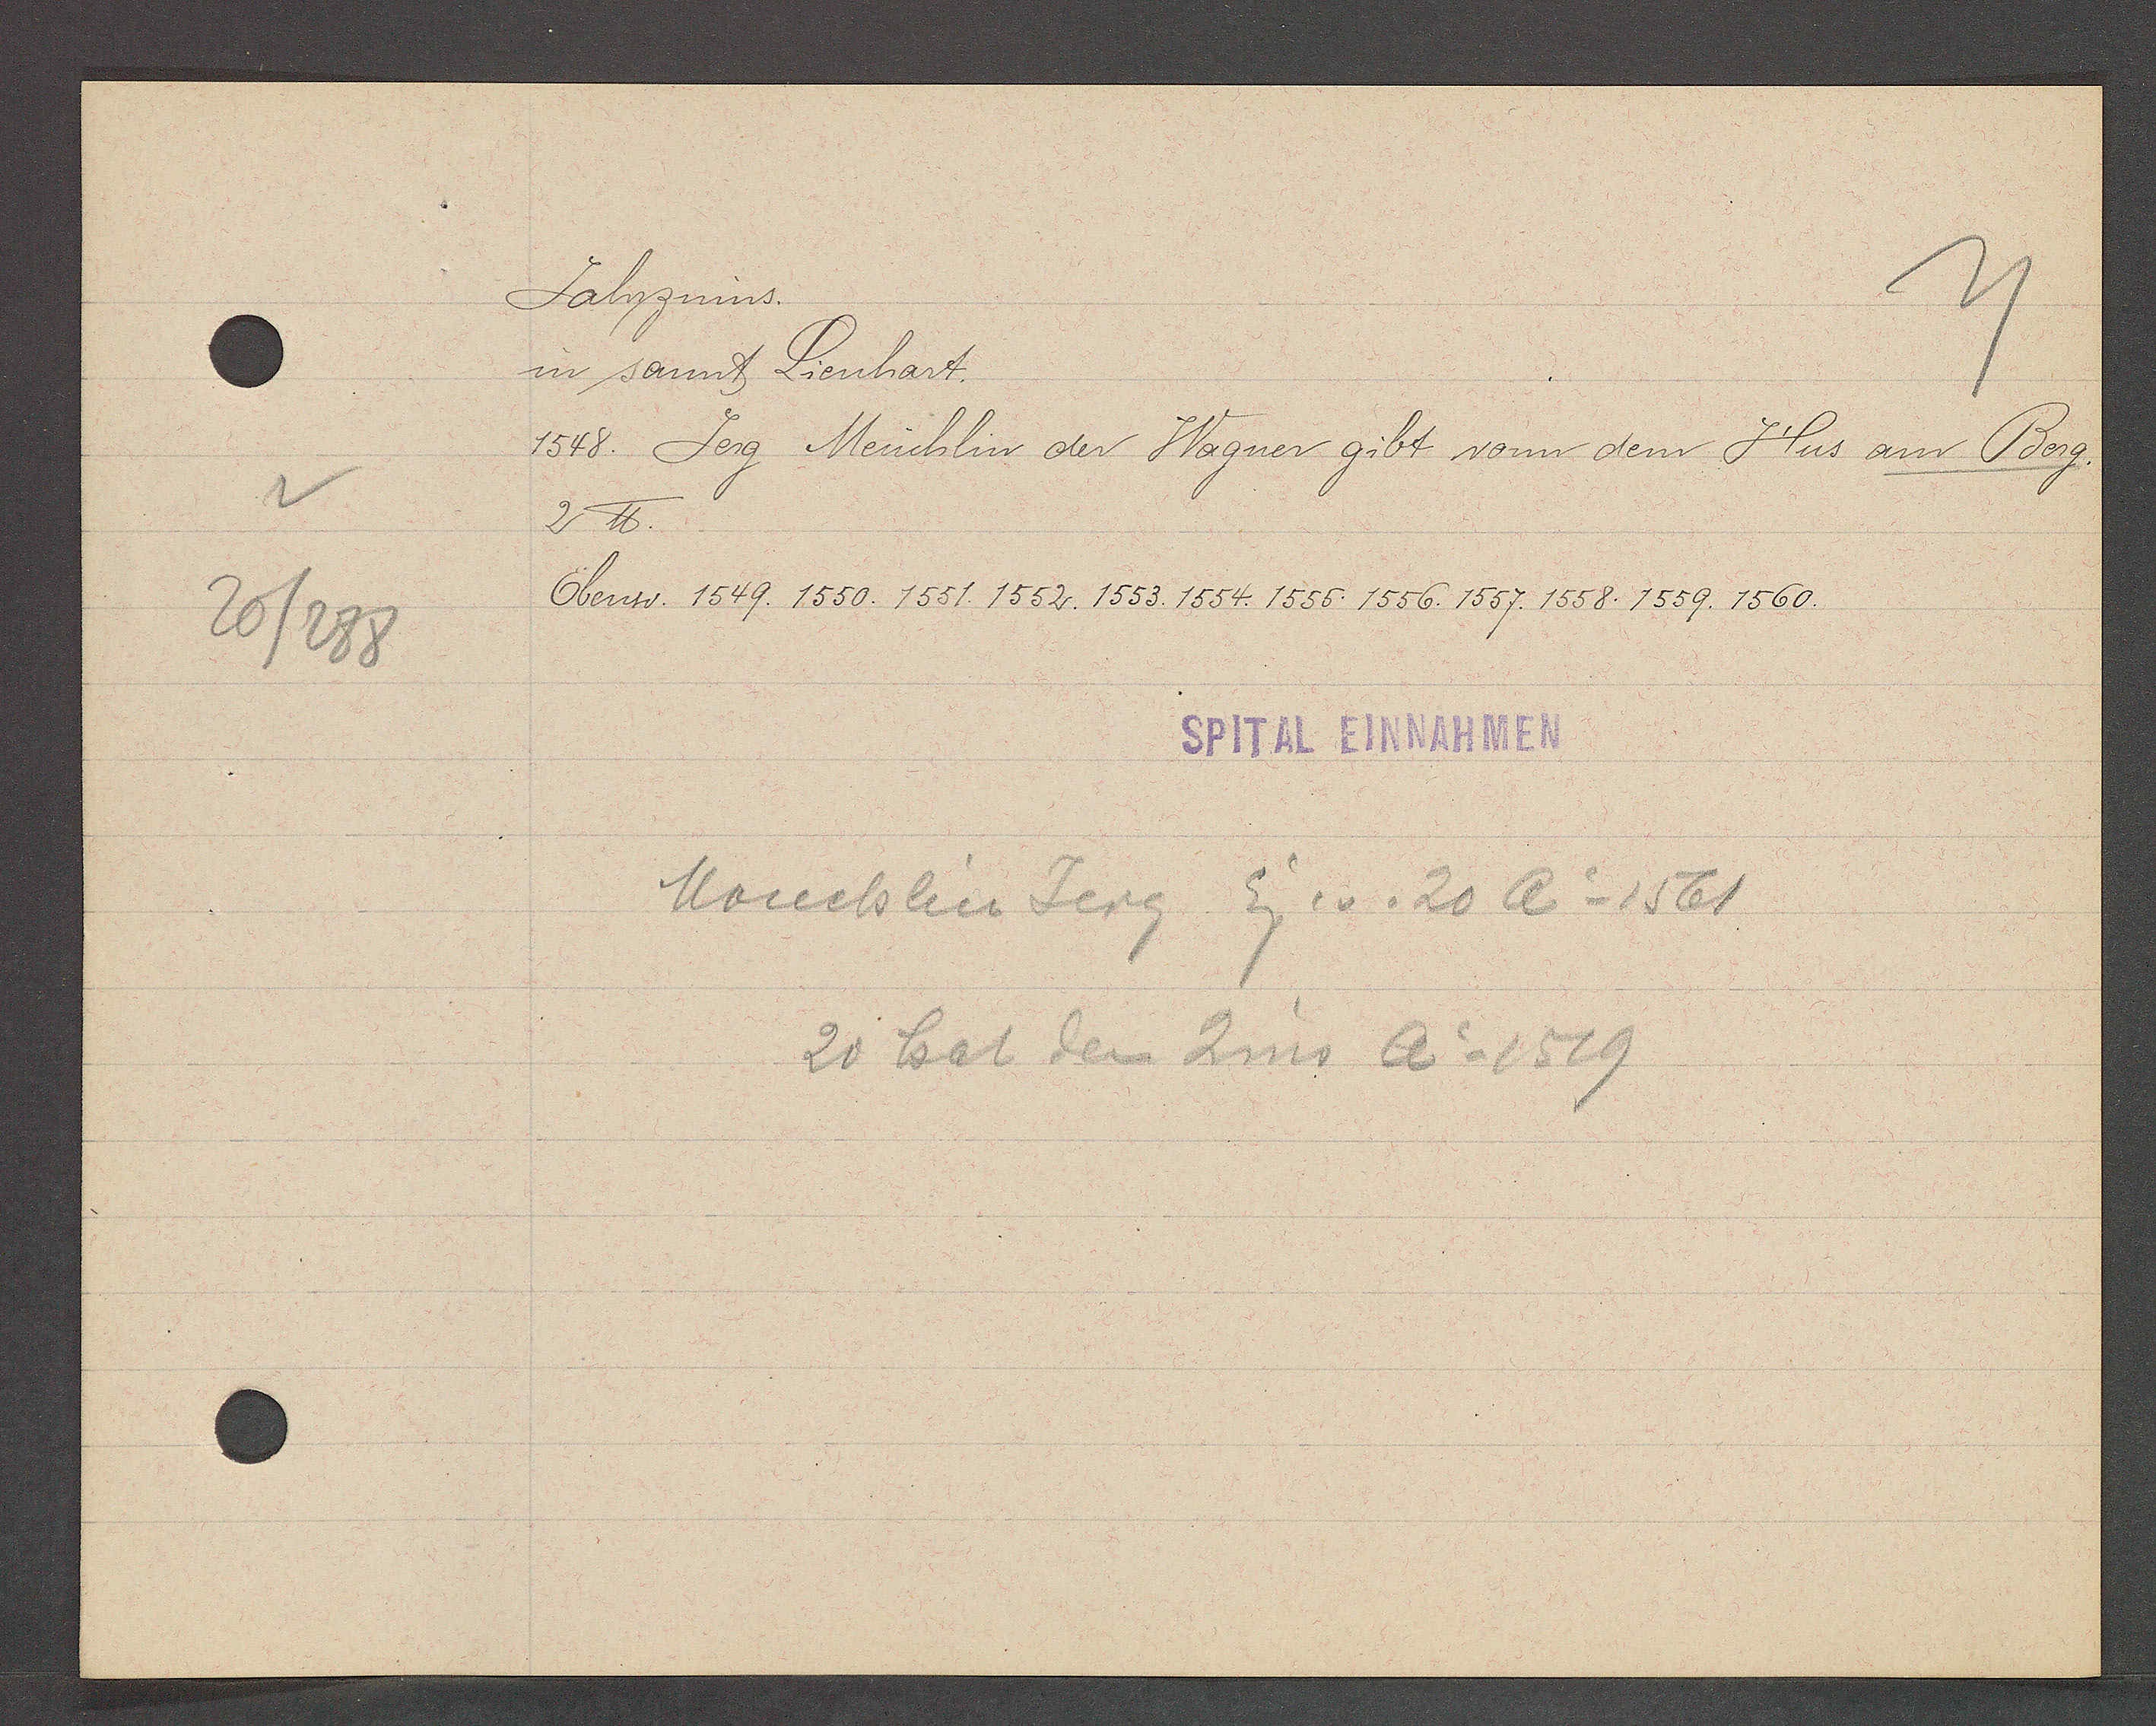
Transcript:
20/288

Jahrzinns.

in sannt Lienhart.
1548. Jerg Meuchlin der Wagner gibt vonn dem Hus am Berg.
2 ℔.
Ebenso. 1549. 1550. 1551. 1552. 1553. 1554. 1555. 1556. 1557. 1558. 1559. 1560.

SPITAL EINNAHMEN

Mouchlin Jerg Eig. v. 20 Ao 1561
20 hat den Zins Ao 1519